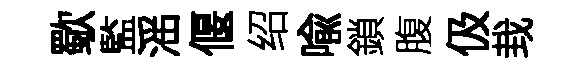
歜監滛偃绍喩鎖腹伋㘽